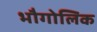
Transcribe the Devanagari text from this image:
भौगोलिक